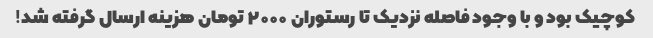
کوچیک بود و با وجود فاصله نزدیک تا رستوران ۲۰۰۰ تومان هزینه ارسال گرفته شد!